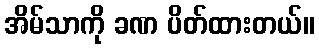
အိမ်သာကို ခဏ ပိတ်ထားတယ်။